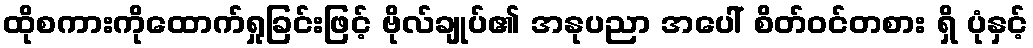
ထိုစကားကိုထောက်ရှုခြင်းဖြင့် ဗိုလ်ချုပ်၏ အနုပညာ အပေါ် စိတ်ဝင်တစား ရှိ ပုံနှင့်